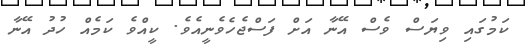
ކަމުގައި ވިޔަސް ވެސް އޭނާ އަށް ފަސްޖެހެވެނީއެވެ. ކީއްވެ ކަމެއް ހުދު އޭނާ